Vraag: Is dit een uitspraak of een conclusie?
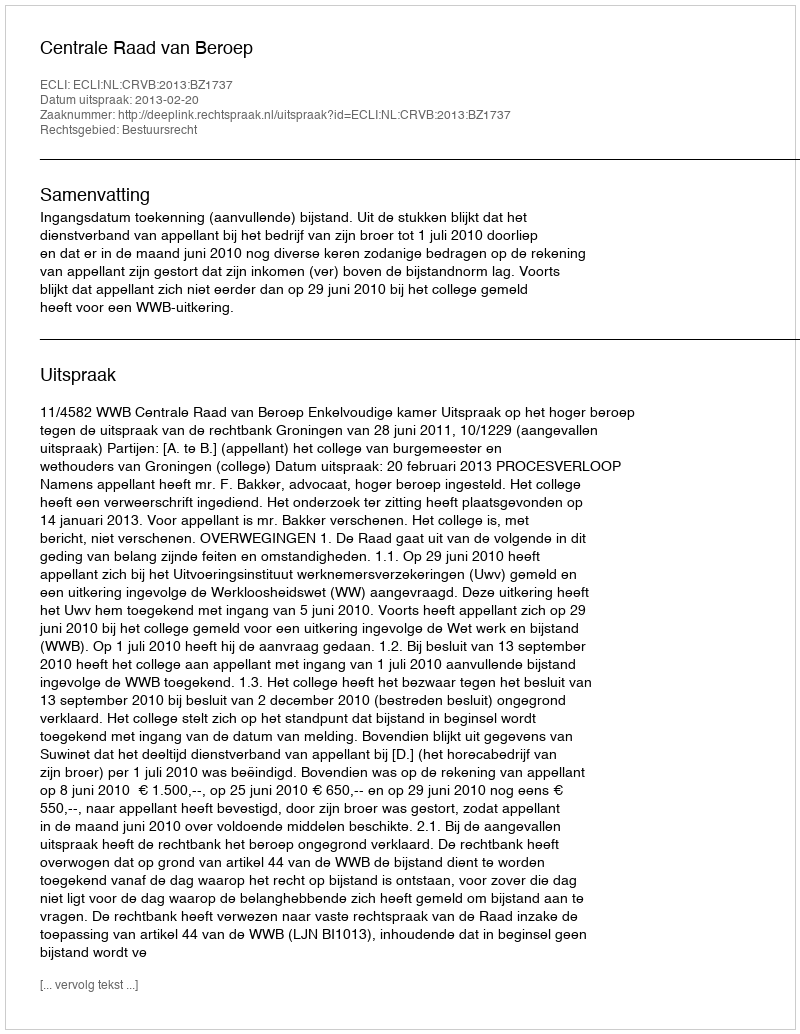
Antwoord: Uitspraak